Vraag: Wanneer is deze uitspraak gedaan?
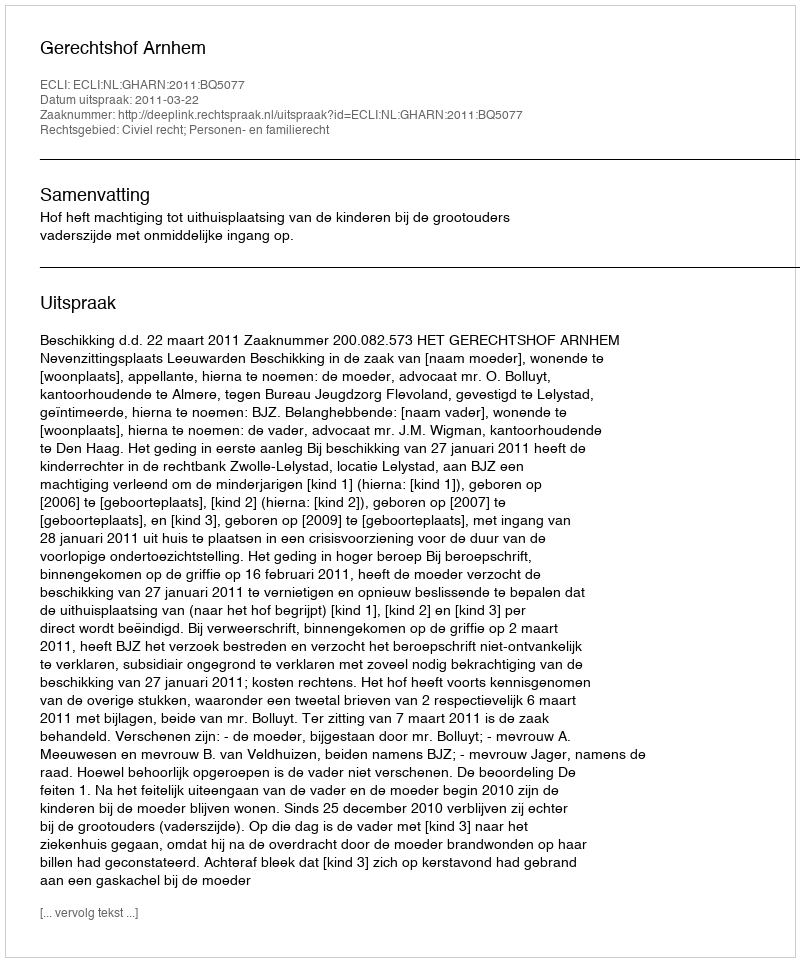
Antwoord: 2011-03-22